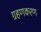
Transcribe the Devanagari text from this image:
ग्रहणकरण